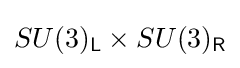
SU(3)_{\mathsf {L}}\times SU(3)_{\mathsf {R}}